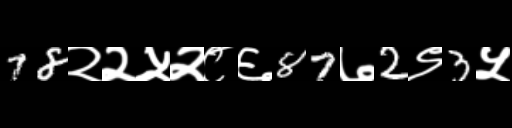
Text: 78२२५२८६87७2९3५